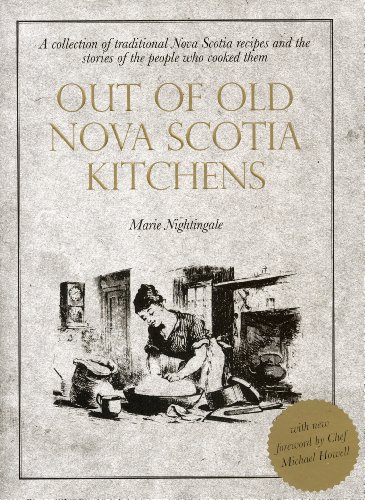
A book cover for Out of Old Nova Scotia Kitchens; Marie Nightingale; Cookbooks, Food & Wine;